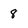
Character: 8